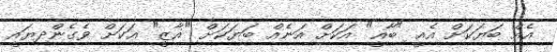
އެއް ބަޔަކަށް އެއީ "ބާޣީ" އަކަށް އަނެއް ބަޔަކަށް "ޣާޒީ" އަކަށް ވެގެންދިޔައީ